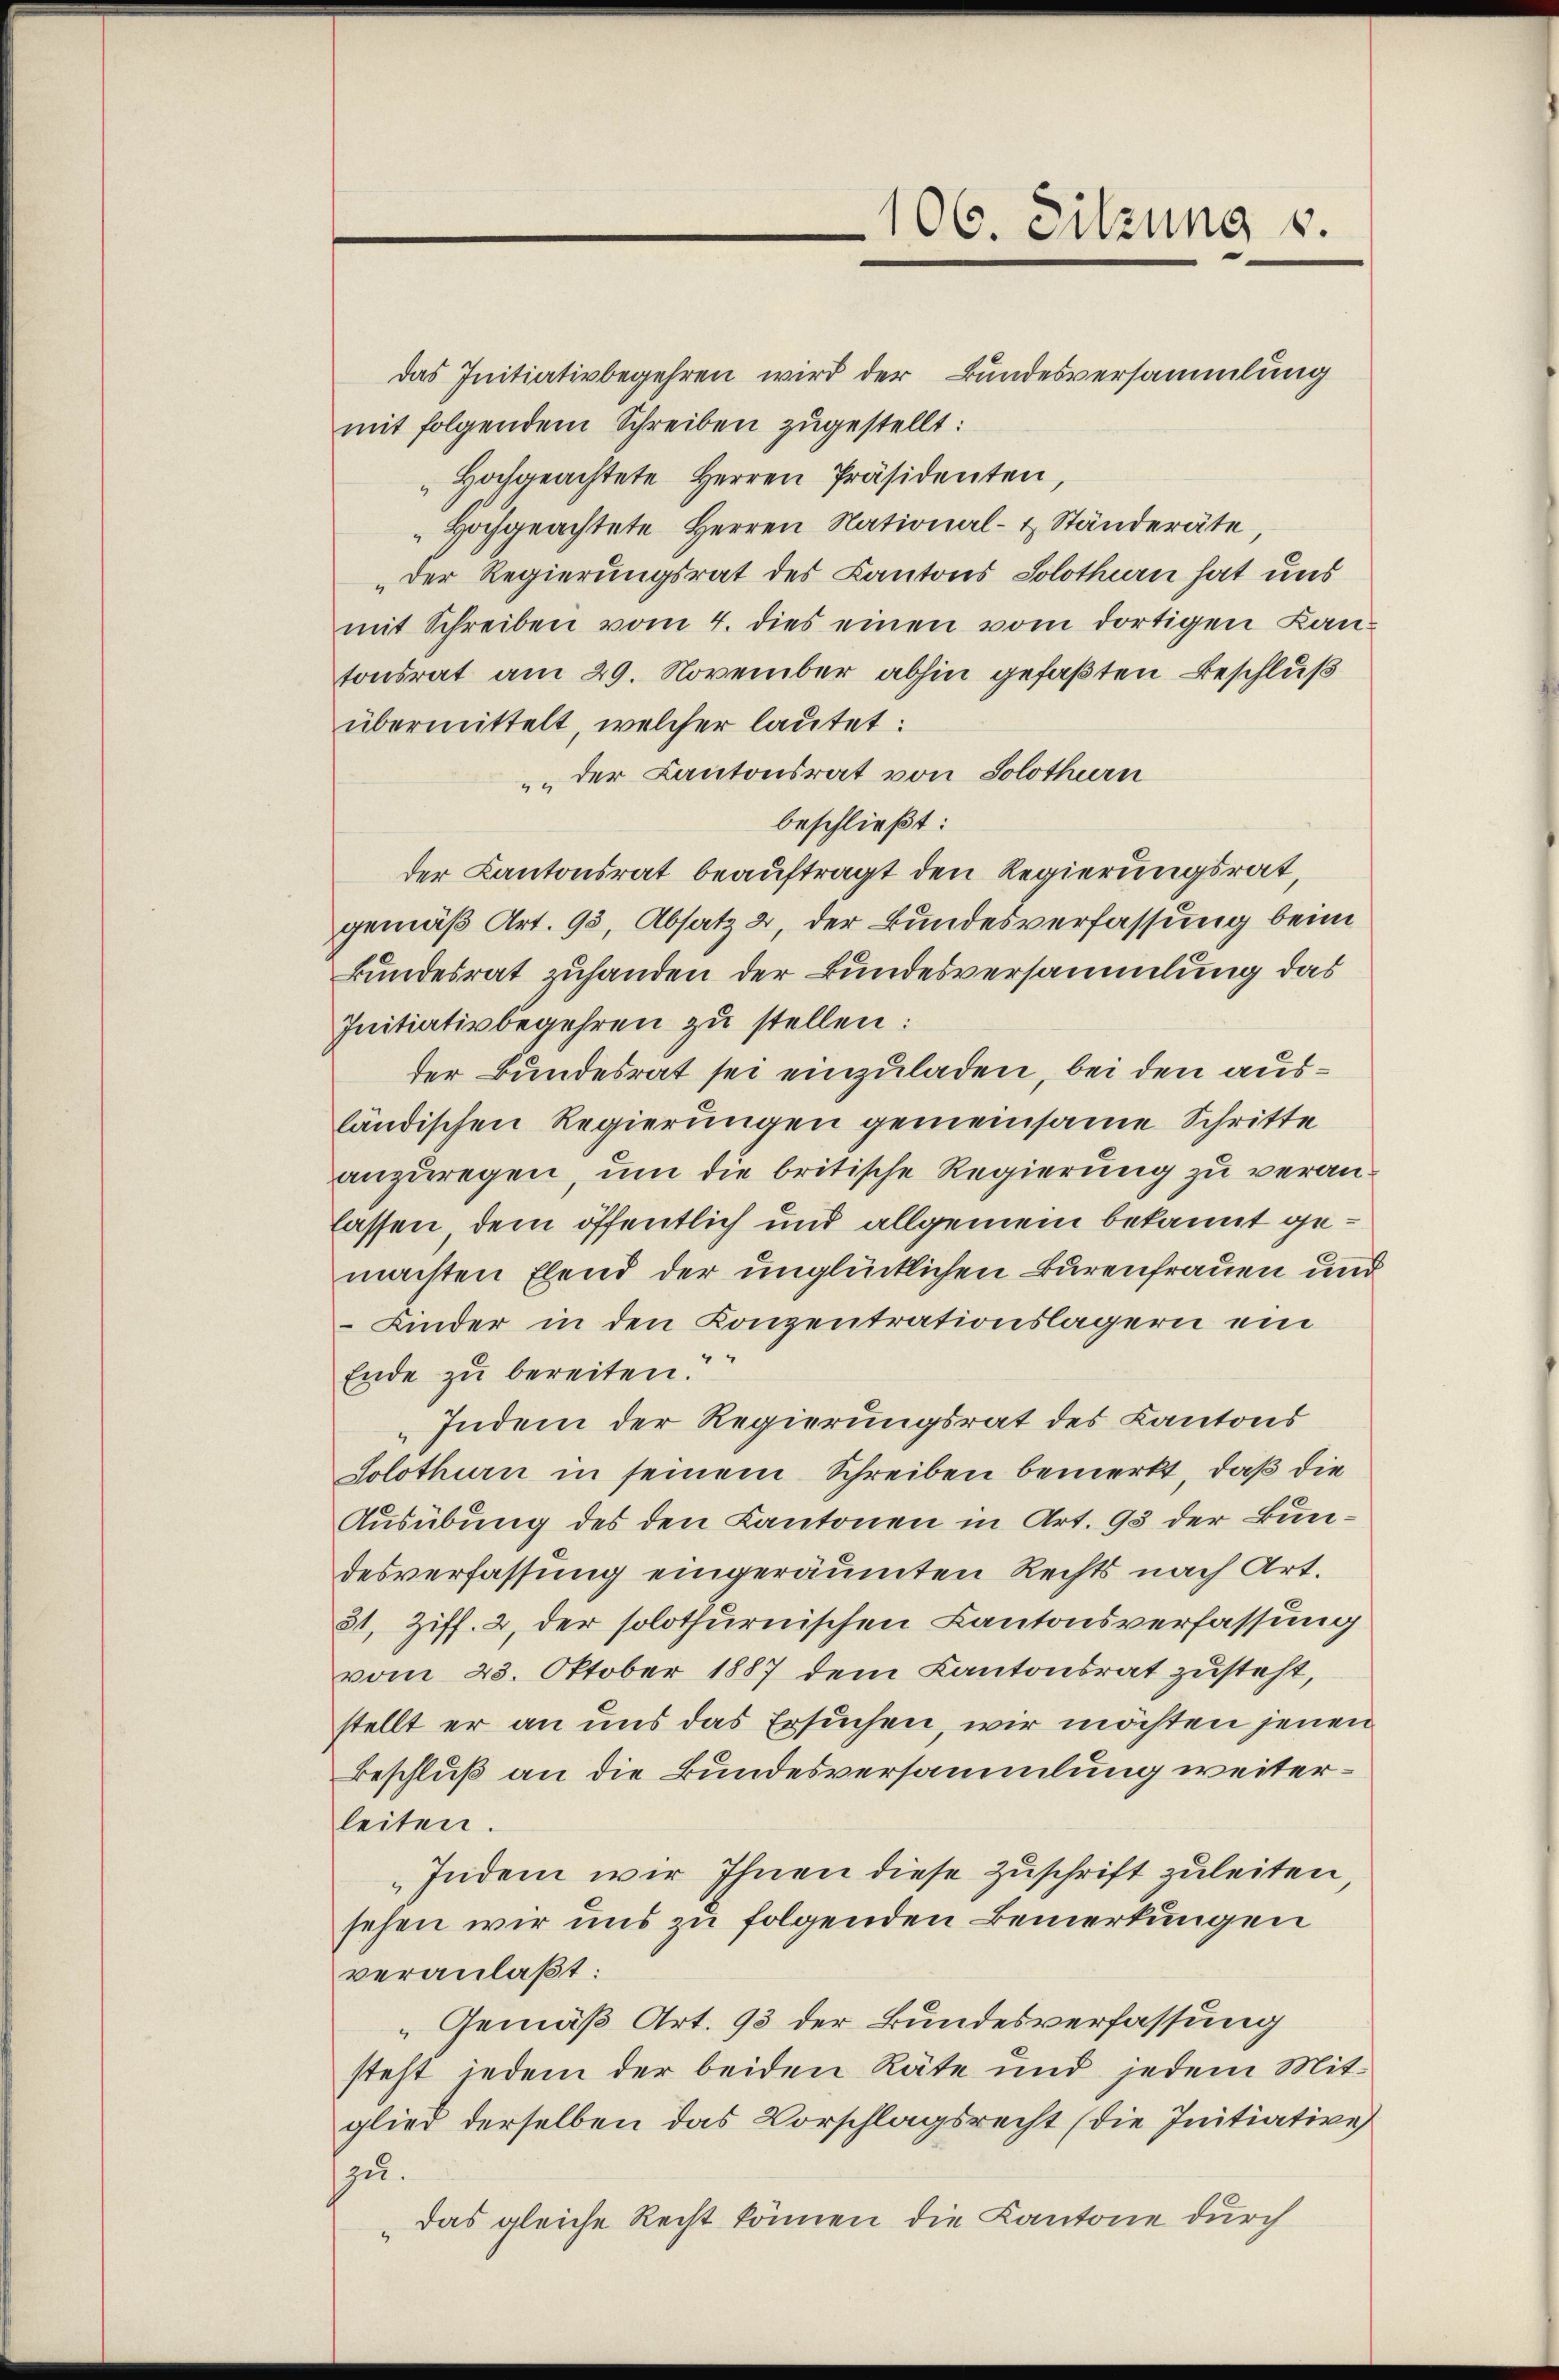
106. Sitzung 1.

das Initiativbegehren wird der Bundesversammlung
mit folgendem Schreiben zugestellt:
Hochgeachtete Herren Präsidenten,
Hochgeachtete Herren National- & Ständeräte
Der Regierungsrat des Kantons Solothurn hat uns
mit Schreiben vom 4. dies einen vom dortigen Lantonsrat am 29. November abhin gefaßten Beschluß
übermittelt, welcher lautet:
„der Kantonsrat von Solothurn
beschließt:
der Kantonsrat beauftragt den Regierungsrat,
gemäß Art. 93, Absatz 2, der Bundesverfassung beim
Bundesrat zuhanden der Bundesversammlung das
Initiativbegehren zu stellen:
der Bundesrat sei einzuladen, bei den ausländischen Regierungen gemeinsame Schritte
anzuregen, um die britische Regierung zu veranlassen, dem öffentlich und allgemein bekannt gemachten Elend der unglücklichen Burenfrauen und
 Kinder in den Konzentrationslagern ein
Ende zu bereiten.
„Indem der Regierungsrat des Kantons
Solothurn in seinem Schreiben bemerkt, daß die
Ausübung des den Kantonen in Art. 93 der Bundesverfassung eingeräumten Rechts nach Art.
31, Ziff. 2, der solothurnischen Kantonsverfassung
vom 23. Oktober 1887 dem Kantonsrat zusteht,
stellt er an uns das Ersuchen, wir möchten jenen
Beschluß an die Bundesversammlung weiterleiten.
Indem wir Ihnen diese Zuschrift zuleiten
sehen wir uns zu folgenden Bemerkungen
veranlaßt:
Gemäß Art. 93 der Bundesverfassung
steht jedem der beiden Räte und jedem Mitglied derselben das Vorschlagsrecht (die Initiative
zu.
das gleiche Recht können die Kantone durch